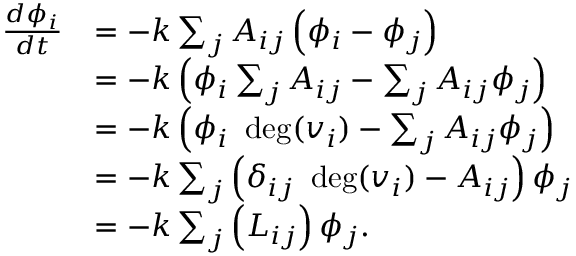
{ \begin{array} { r l } { { \frac { d \phi _ { i } } { d t } } } & { = - k \sum _ { j } A _ { i j } \left( \phi _ { i } - \phi _ { j } \right) } \\ & { = - k \left( \phi _ { i } \sum _ { j } A _ { i j } - \sum _ { j } A _ { i j } \phi _ { j } \right) } \\ & { = - k \left( \phi _ { i } \ \deg ( v _ { i } ) - \sum _ { j } A _ { i j } \phi _ { j } \right) } \\ & { = - k \sum _ { j } \left( \delta _ { i j } \ \deg ( v _ { i } ) - A _ { i j } \right) \phi _ { j } } \\ & { = - k \sum _ { j } \left( L _ { i j } \right) \phi _ { j } . } \end{array} }